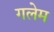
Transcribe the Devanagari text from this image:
गलेम